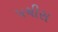
પચીસ